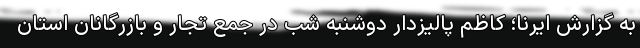
به گزارش ایرنا؛ کاظم پالیزدار دوشنبه شب در جمع تجار و بازرگانان استان